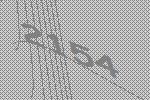
2154